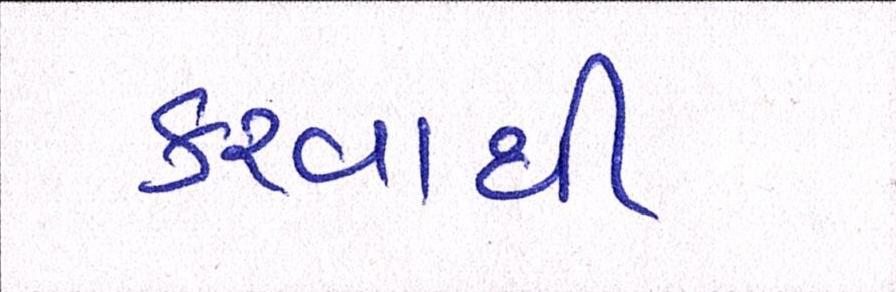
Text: કરવાથી